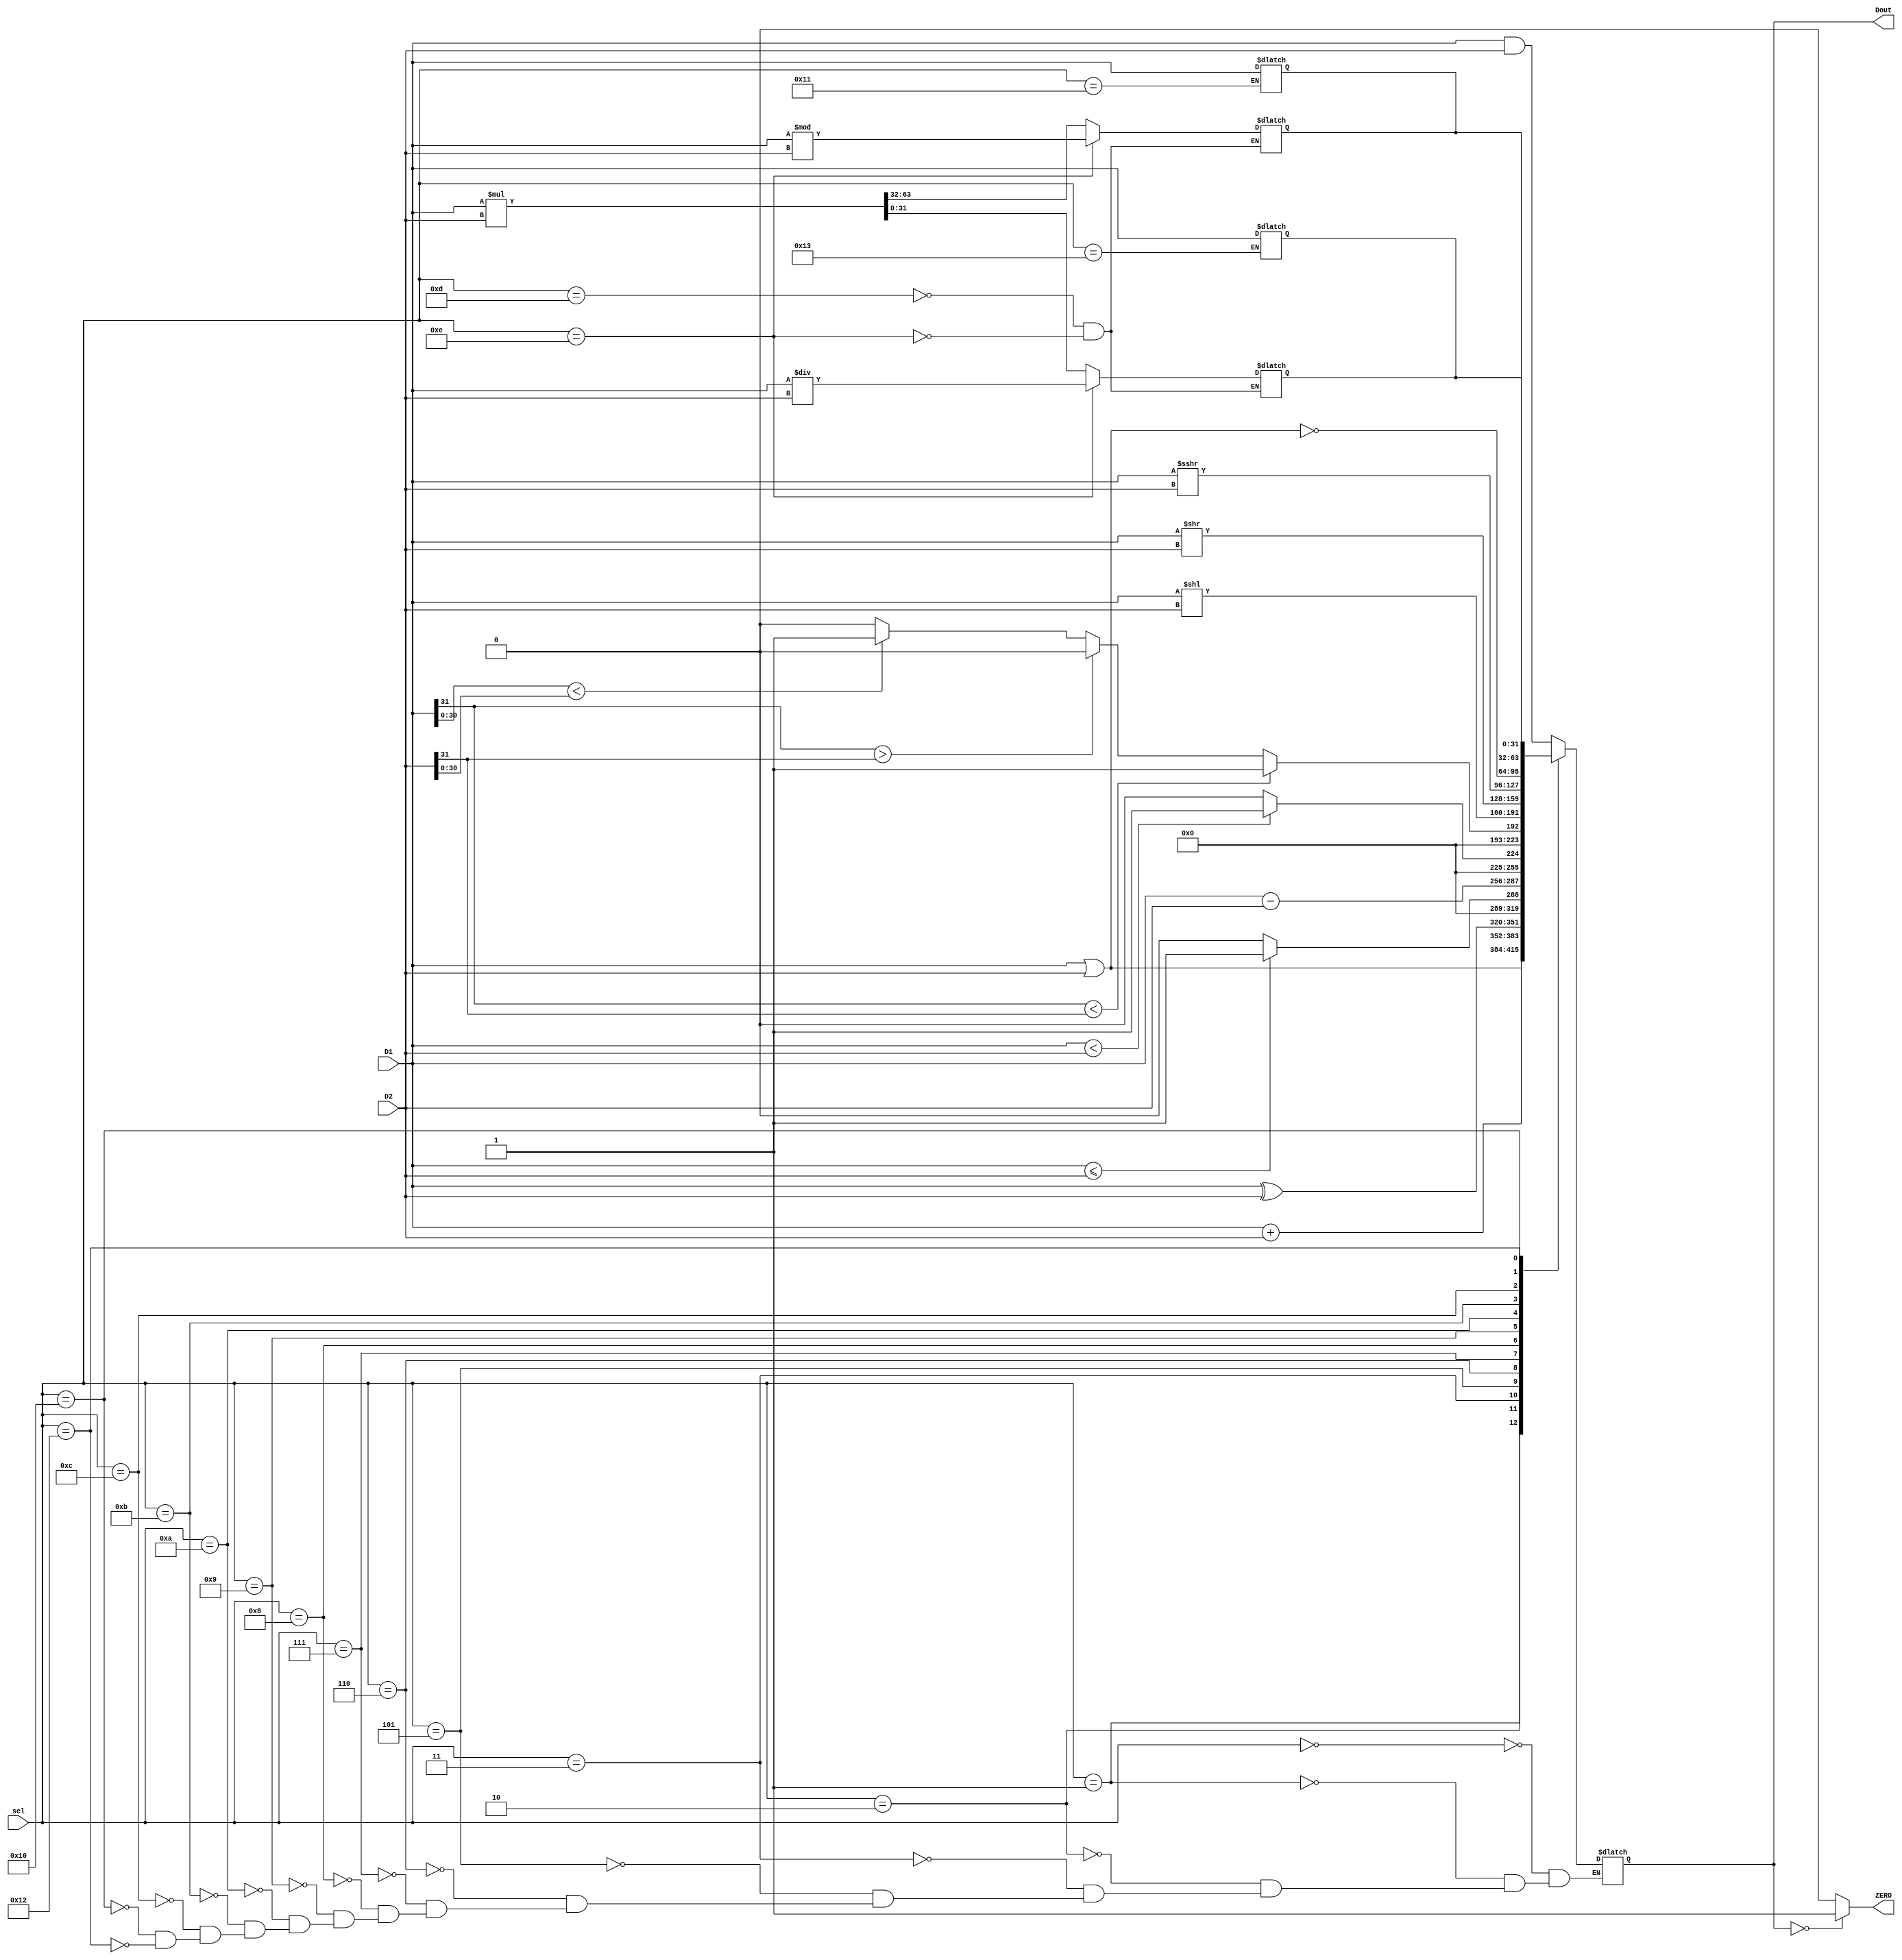
`timescale 1ns / 1ps

module ALU(
    D1,
    D2,
    sel,
    ZERO,
    Dout
    );
    input [31:0] D1;
    input [31:0] D2;
    input [4:0] sel;
    output reg ZERO;
    output reg [31:0] Dout;
    
    reg [31:0] HI = 0;
    reg [31:0] LO = 0;
    
    always @(*) begin
        case(sel)
            0: Dout <= D1 & D2; // AND
            1: Dout <= D1 | D2; // OR
            2: Dout <= D1 + D2; // ADD
            3: Dout <= D1 ^ D2; // XOR
            5: Dout <= (D1 <= D2) ? 1:0; // COMP2
            6: Dout <= D1 - D2; // SUB
            7: Dout <= (D1 < D2) ? 1:0; // COMP
            8: Dout <= (D1[31] < D2[31]) ? 1 : (D1[31] > D2[31]) ? 0: (D1[30:0] < D2[30:0]) ? 1:0; // COMPU
            9: Dout <= D1 << D2; // SHIFT LEFT
            10: Dout <= D1 >> D2; // SHIFT RIGHT
            11: Dout <= D1 >>> D2; // SHIFT RIGHT AND KEEP SIGN
            12: Dout <= ~(D1 | D2); // NOR
            16: Dout <= HI; // MFHI
            17: HI <= D1;   // MTHI
            18: Dout <= LO; // MFLO
            19: LO <= D1;   // MTLO
        endcase
        if (Dout == 0)
            ZERO <= 1;
        else
            ZERO <= 0;
    end
    
    always @(sel) begin
        case(sel)
            13: {HI, LO} <= D1 * D2; // MULT
            14: begin // DIV
                LO <= D1 / D2;
                HI <= D1 % D2;
            end
        endcase
    end
endmodule